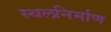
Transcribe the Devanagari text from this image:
स्थलनिर्माण